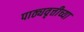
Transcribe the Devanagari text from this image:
पाठ्यवृत्तीच्या